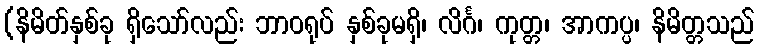
(နိမိတ်နှစ်ခု ရှိသော်လည်း ဘာဝရုပ် နှစ်ခုမရှိ၊ လိင်္ဂ၊ ကုတ္တ၊ အာကပ္ပ၊ နိမိတ္တသည်